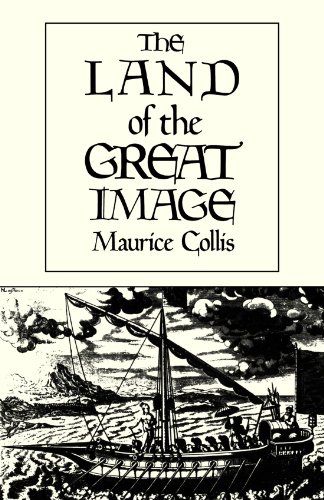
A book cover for Land of the Great Image; Maurice Collis; Travel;